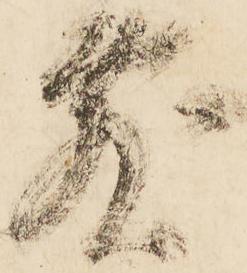
敷